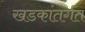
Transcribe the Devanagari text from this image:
खडकांतर्गत